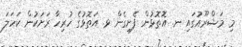
މި މަޝްރޫއުގަައި ނ. އޮތޮޅުން ފެށިގެން ޅ. އަތޮޅުގެ ހުރިހާ ރަށަކުން ކަހަލަ